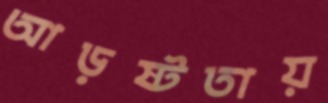
আড়ষ্টতায়